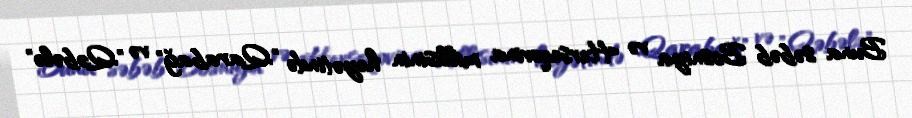
Buna səbəb Bosniya və Herseqovina millisinin heyətində "Qarabağ" və "Qəbələ"